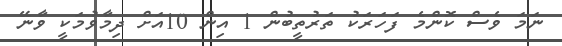
ނަމަ ވެސް ކޮންމެ ފަހަރަކު ތަރުތީބުން 1 އިން 10އަށް ދިމާވުމަކީ ވާނޭ